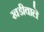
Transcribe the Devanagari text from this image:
खडीवालॆ